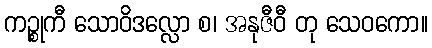
ကဉ္စုကီ သောဝိဒလ္လော စ၊ အနုဇီဝီ တု သေဝကော။